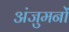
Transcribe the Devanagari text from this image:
अंजुमनों